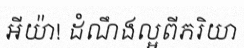
អីយ៉ា! ដំណឹងល្អពីភរិយា